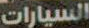
السيارات